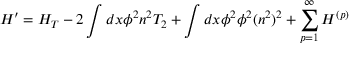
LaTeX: H ^ { \prime } = H _ { T } - 2 \int d x \phi ^ { 2 } n ^ { 2 } T _ { 2 } + \int d x \phi ^ { 2 } \phi ^ { 2 } ( n ^ { 2 } ) ^ { 2 } + \sum _ { p = 1 } ^ { \infty } H ^ { ( p ) }